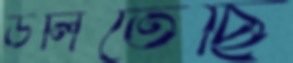
ডলিতেছি